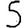
Digit: 5